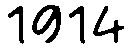
1914